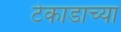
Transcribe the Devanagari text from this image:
टेकाडाच्या